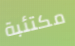
مكتئبة